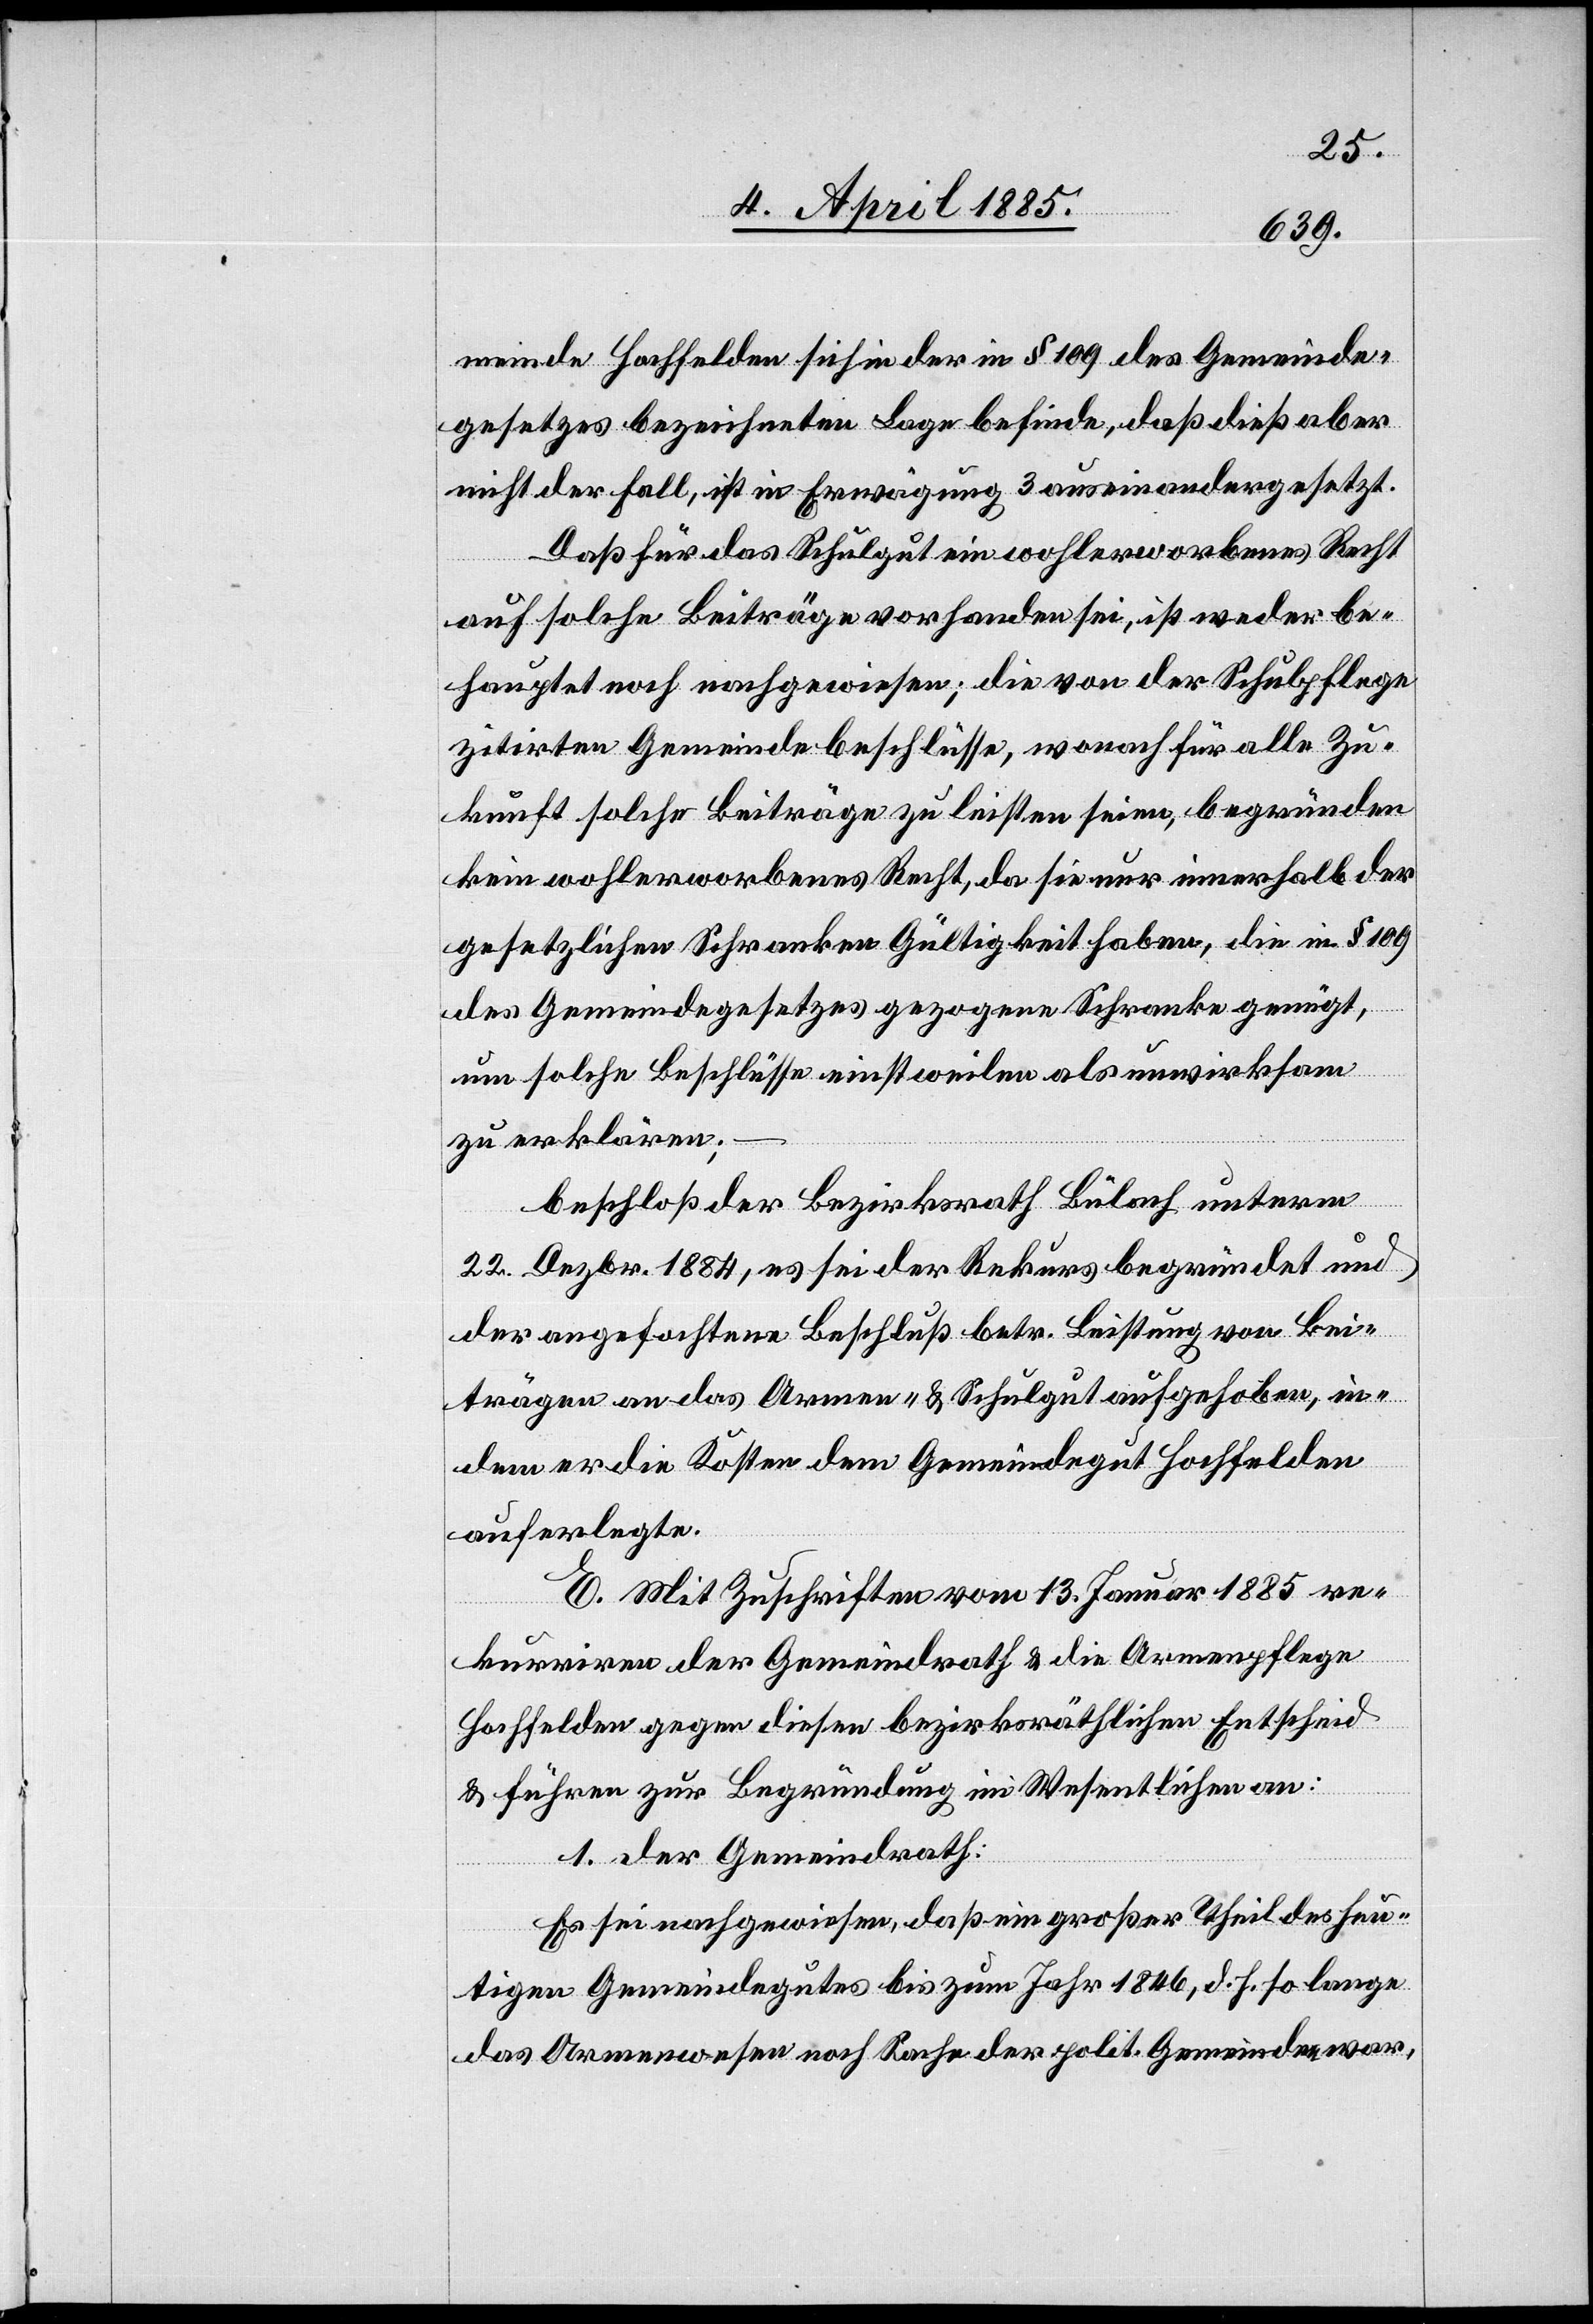
meinde Hochfelden sich in der in § 109 des Gemeinde¬
gesetzes bezeichneten Lage befinde, daß dieß aber
nicht der Fall, ist in Erwägung 3 auseinandergesetzt.
Daß für das Schulgut ein wohlerworbenes Recht
auf solche Beiträge vorhanden sei, ist weder be¬
hauptet noch nachgewiesen; die von der Schulpflege
zitirten Gemeindebeschlüsse, wonach für alle Zu¬
kunft solche Beiträge zu leisten seien, begründen
kein wohlerworbenes Recht, da sie nur innerhalb der
gesetzlichen Schranken Gültigkeit haben, die in § 109
des Gemeindegesetzes gezogene Schranke genügt,
um solche Beschlüsse einstweilen als unwirksam
zu erklären.
beschloß der Bezirksrath Bülach unterm
22. Dezbr. 1884, es sei der Rekurs begründet und
der angefochtene Beschluß betr. Leistung von Bei¬
trägen an das Armen- & Schulgut aufgehoben, in¬
dem er die Kosten dem Gemeindegut Hochfelden
auferlegte.
E. Mit Zuschrift vom 13. Januar 1885 re¬
kurriren der Gemeindrath & die Armenpflege
Hochfelden gegen diesen bezirksräthlichen Entscheid
& führen zur Begründung im Wesentlichen an:
1. Der Gemeindrath:
Es sei nachgewiesen, daß ein großer Theil des heu¬
tigen Gemeindegutes bis zum Jahr 1846, d. h. so lange
das Armenwesen noch Sache der polit. Gemeinde war,